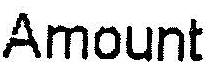
AMOUNT